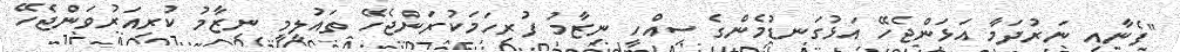
"ފެނާއި ނަރުދަމާ އަޅަންޖެހޭ އަޅުގަނޑުމެންގެ ސިއްހީ ނިޒާމު ފުރިހަމަކުރަންޖެހޭ ތައުލީމީ ނިޒާމު ކުރިއަރުވަންޖެހޭ